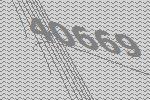
40669